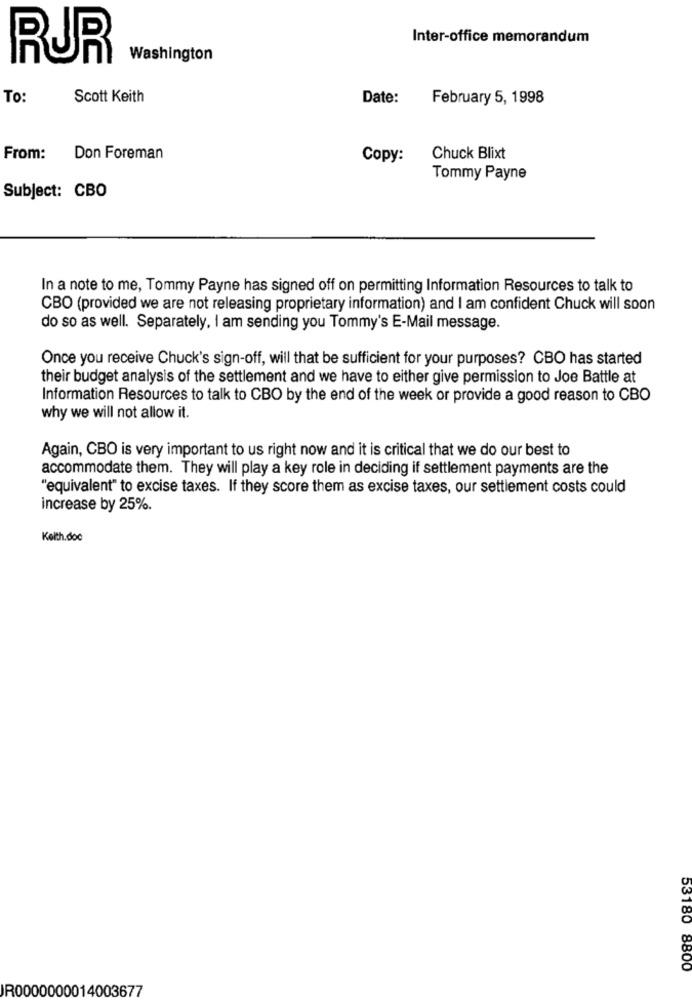
Inter-office memorandum
RUR
Washington
To:
Scott Keith
Date:
February 5, 1998
From:
Don Foreman
Copy:
Chuck Blixt
Tommy Payne
Subject: CBO
In a note to me, Tommy Payne has signed off on permitting Information Resources to talk to
CBO (provided we are not releasing proprietary information) and I am confident Chuck will soon
do so as well. Separately, I am sending you Tommy's E-Mail message.
Once you receive Chuck's sign-off, will that be sufficient for your purposes? CBO has started
their budget analysis of the settlement and we have to either give permission to Joe Battle at
Information Resources to talk to CBO by the end of the week or provide a good reason to CBO
why we will not allow it.
Again, CBO is very important to us right now and it is critical that we do our best to
accommodate them. They will play a key role in deciding if settlement payments are the
"equivalent" to excise taxes. If they score them as excise taxes, our settlement costs could
increase by 25%.
Keith.doc
53180 8800
IR0000000014003677